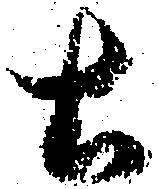
土